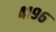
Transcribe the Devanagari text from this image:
४१९६